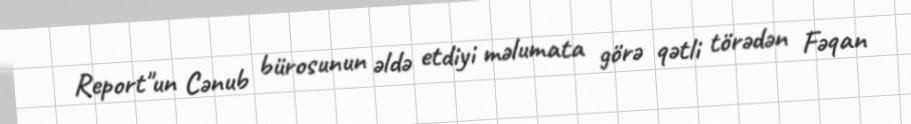
Report"un Cənub bürosunun əldə etdiyi məlumata görə qətli törədən Fəqan